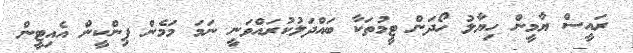
ރައީސް ޔާމީން ހިޔާލު ހޯދަން ޓީމުތަކާ ބައްދަލުކުރައްވަނީ ނަމަ މަމެން ޕިންކީން އެއިޓީން